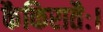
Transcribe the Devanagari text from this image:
कैकिरातैः।